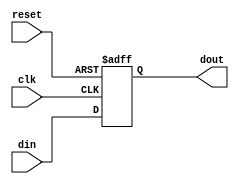
module SynchronousRegister #(
    parameter WIDTH = 8  // Parameter for bit-width of the register
)(
    input wire clk,       // Clock input
    input wire reset,     // Reset input
    input wire [WIDTH-1:0] din, // Data input
    output reg [WIDTH-1:0] dout  // Data output
);

// Synchronous process
always @(posedge clk or posedge reset) begin
    if (reset) begin
        dout <= {WIDTH{1'b0}}; // Reset output to zero
    end else begin
        dout <= din; // Capture data on rising edge of clock
    end
end

endmodule